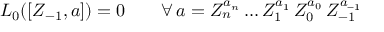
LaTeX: L _ { 0 } ( [ Z _ { - 1 } , a ] ) = 0 \qquad \forall \, a = Z _ { n } ^ { a _ { n } } \ldots Z _ { 1 } ^ { a _ { 1 } } \, Z _ { 0 } ^ { a _ { 0 } } \, Z _ { - 1 } ^ { a _ { - 1 } }